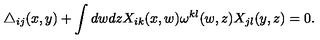
\triangle _ { i j } ( x , y ) + \int d w d z X _ { i k } ( x , w ) \omega ^ { k l } ( w , z ) X _ { j l } ( y , z ) = 0 .